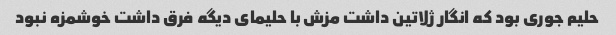
حلیم جوری بود که انگار ژلاتین داشت مزش با حلیمای دیگه فرق داشت خوشمزه نبود